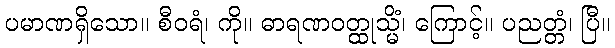
ပမာဏရှိသော။ စီဝရံ၊ ကို။ ဓာရဏဝတ္ထုသ္မိံ၊ ကြောင့်။ ပညတ္တံ၊ ပြီ။